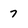
Character: 7